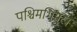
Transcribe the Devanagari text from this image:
पश्चिमभिमुख